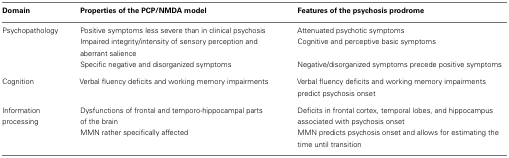
<table><thead><tr><td><b>Domain</b></td><td><b>Properties of the PCP/NMDA model</b></td><td><b>Features of the psychosis prodrome</b></td></tr></thead><tbody><tr><td>Psychopathology</td><td>Positive symptoms less severe than in clinical psychosis</td><td>Attenuated psychotic symptoms</td></tr><tr><td></td><td>Impaired integrity/intensity of sensory perception and aberrant salience</td><td>Cognitive and perceptive basic symptoms</td></tr><tr><td></td><td>Specific negative and disorganized symptoms</td><td>Negative/disorganized symptoms precede positive symptoms</td></tr><tr><td>Cognition</td><td>Verbal fluency deficits and working memory impairments</td><td>Verbal fluency deficits and working memory impairments predict psychosis onset</td></tr><tr><td>Information processing</td><td>Dysfunctions of frontal and temporo-hippocampal parts of the brain</td><td>Deficits in frontal cortex, temporal lobes, and hippocampus associated with psychosis onset</td></tr><tr><td></td><td>MMN rather specifically affected</td><td>MMN predicts psychosis onset and allows for estimating the time until transition</td></tr></tbody></table>